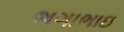
ભગાભાઇ